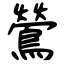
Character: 鶯